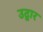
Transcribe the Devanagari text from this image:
उद्वार